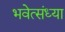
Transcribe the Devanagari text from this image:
भवेत्संध्या